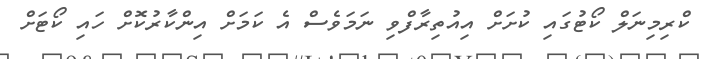
ކްރިމިނަލް ކޯޓުގައި ކުށަށް އިއުތިރާފްވި ނަމަވެސް އެ ކަމަށް އިންކާރުކޮށް ހައި ކޯޓަށް